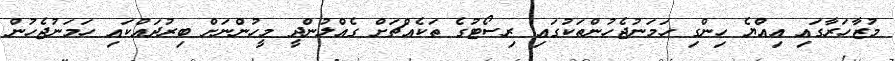
މުޒާހަރާގައި އިއްޔެ ހިންގި ހަމަނުޖެހުންތަކުގައި ރިސޯޓުގެ ތަކެއްޗަށް ގެއްލުންދީ މީހުންނަށް ބިރުދައްކައި ހަމަނުޖެހުން